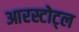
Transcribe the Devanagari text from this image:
आरस्टोट्ल